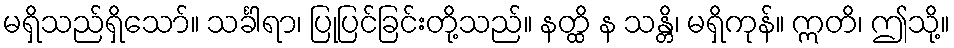
မရှိသည်ရှိသော်။ သင်္ခါရာ၊ ပြုပြင်ခြင်းတို့သည်။ နတ္ထိ န သန္တိ၊ မရှိကုန်။ ဣတိ၊ ဤသို့။